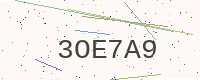
Text: 3OE7A9